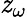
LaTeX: \mathit{z}_{\omega}